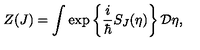
Z ( J ) = \int \exp \left\{ \frac { i } { \hbar } S _ { J } ( \eta ) \right\} { \bf { \cal D } } \eta ,